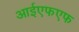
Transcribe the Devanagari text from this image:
आईएफएफ